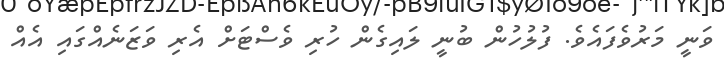
ވަނީ މަރުވެފައެވެ. ފުލުހުން ބުނީ ލައިގެން ހުރި ވެސްޓަށް އެރި ވަޒަނެއްގައި އެއް